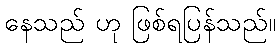
နေသည် ဟု ဖြစ်ရပြန်သည်။